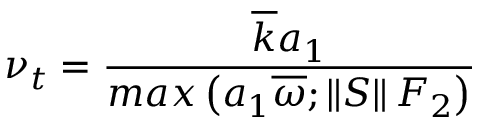
\nu _ { t } = \frac { \overline { { k } } a _ { 1 } } { m a x \left( a _ { 1 } \overline { { \omega } } ; \left\Vert S \right\Vert F _ { 2 } \right) }